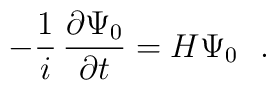
- {1\over i} \, {\partial \Psi_0 \over \partial t} = H \Psi_0 ~~.